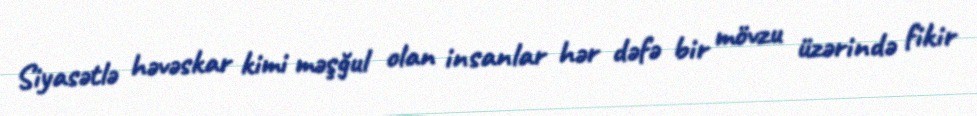
Siyasətlə həvəskar kimi məşğul olan insanlar hər dəfə bir mövzu üzərində fikir